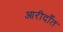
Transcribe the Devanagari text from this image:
आरीदाँत